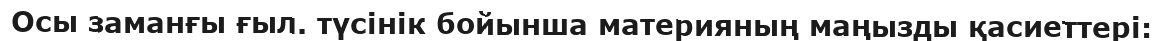
Осы заманғы ғыл. түсінік бойынша материяның маңызды қасиеттері: